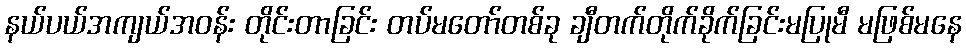
နယ်ပယ်အကျယ်အဝန်း တိုင်းတာခြင်း တပ်မတော်တစ်ခု ချီတက်တိုက်ခိုက်ခြင်းမပြုမီ မဖြစ်မနေ